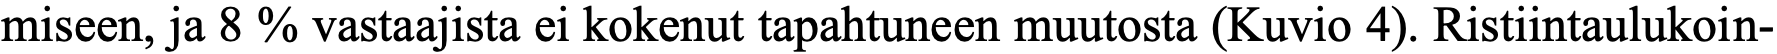
miseen, ja 8 % vastaajista ei kokenut tapahtuneen muutosta (Kuvio 4). Ristiintaulukoin-